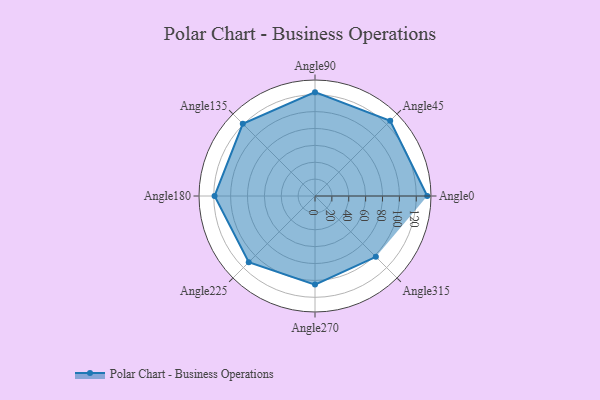
{"axis": {"x": "Angle", "y": "Radius"}, "legend": [""], "data": [{"x": "Angle0", "y": 133.0, "type": ""}, {"x": "Angle45", "y": 126.0, "type": ""}, {"x": "Angle90", "y": 123.0, "type": ""}, {"x": "Angle135", "y": 121.0, "type": ""}, {"x": "Angle180", "y": 119.0, "type": ""}, {"x": "Angle225", "y": 111.0, "type": ""}, {"x": "Angle270", "y": 105.0, "type": ""}, {"x": "Angle315", "y": 102.0, "type": ""}]}